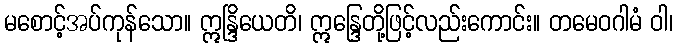
မစောင့်အပ်ကုန်သော။ ဣန္ဒြိယေတိ၊ ဣန္ဒြေတို့ဖြင့်လည်းကောင်း။ တမေဝဂါမံ ဝါ၊